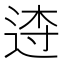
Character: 𨓣